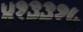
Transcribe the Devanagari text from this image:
४१३३१५